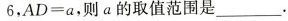
6$$，$$A D = a$$，则a的取值范围是___.